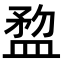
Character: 𥂂